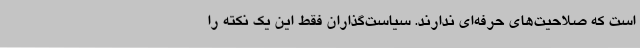
است که صلاحیت‌های حرفه‌ای ندارند. سیاست‌گذاران فقط این یک نکته را